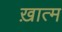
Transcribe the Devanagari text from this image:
ख़ात्म